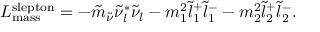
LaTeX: { \cal L } _ { \mathrm { m a s s } } ^ { \mathrm { s l e p t o n } } = - \tilde { m } _ { \tilde { \nu } } \tilde { \nu } _ { l } ^ { * } \tilde { \nu } _ { l } - m _ { 1 } ^ { 2 } \tilde { l } _ { 1 } ^ { + } \tilde { l } _ { 1 } ^ { - } - m _ { 2 } ^ { 2 } \tilde { l } _ { 2 } ^ { + } \tilde { l } _ { 2 } ^ { - } .